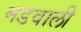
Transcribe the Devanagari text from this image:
मडवाली